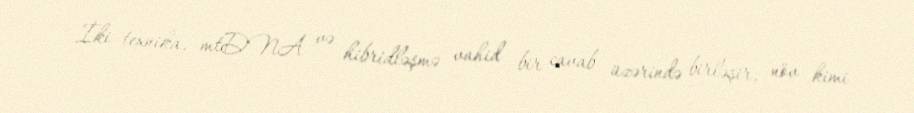
İki texnika, mtDNA və hibridləşmə vahid bir cavab üzərində birləşir, növ kimi